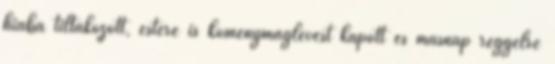
hiába tiltakozott, estére is köménymaglevest kapott és másnap reggelre